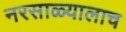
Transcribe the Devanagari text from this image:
नरसाळ्यालाच